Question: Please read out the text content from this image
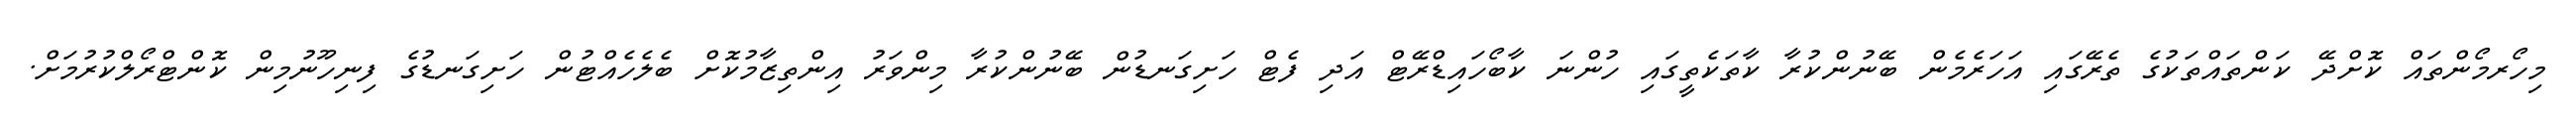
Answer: މިހޯރމޯންތައް ކޮށްދޭ ކަންތައްތަކުގެ ތެރޭގައި އަހަރެމެން ބޭނުންކުރާ ކާތަކެތީގައި ހުންނަ ކާބޯހައިޑްރޭޓް އަދި ފެޓް ހަށިގަނޑުން ބޭނުންކުރާ މިންވަރު އިންތިޒާމުކޮށް ބެލެހެއްޓުން ހަށިގަނޑުގެ ފިނިހޫނުމިން ކޮންޓްރޯލްކުރުމަށް.